General report no. 6 on the lunatic asylums, vaccination and dispensaries in the Bengal Presidency, 1873 -
Year: 1873
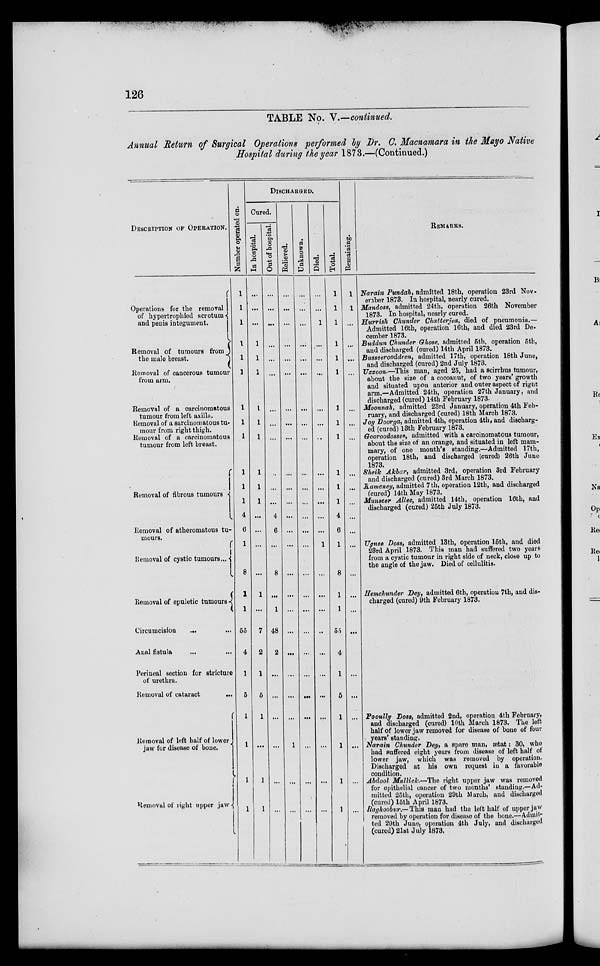
126
TABLE No. V.—continued.
Annual Return of Surgical Operations performed by Dr. C. Macnamara in the Mayo Native
Hospital during the year 1873.—(Continued.)
DESCRIPTION OF OPERATION.
Operations for the removal
of hypertrophied scrotum
and penis integument.
Removal of tumours from
the male breast.
Removal of cancerous tumour
from arm.
Removal of a carcinomatous
tumour from left axilla.
Removal of a sarcinomatous tu-
mour from right thigh.
Removal of a carcinomatous
tumour from left breast.
Removal of fibrous tumours
Removal of atheromatous tu-
mours.
Removal of cystic tumours...
Removal of epuletic tumours
Circumcision
Anal fistula
Perineal section for stricture
of urethra.
Removal of cataract
...
Removal of left half of lower
jaw for disease of bone.
Removal of right upper jaw
Number operated on.
1
1
1
1
1
1
1
1
1
1
1
1
4
6
1
8
1
1
55
4
1
5
1
1
1
1
DISCHARGED.
Cured.
In hospital.
...
...
...
1
1
1
1
1
1
1
1
1
...
...
...
1
...
7
2
1
5
1
...
1
1
Out of hospital.
...
...
...
...
...
...
...
...
...
...
...
4
6
...
8
...
1
48
2
...
...
...
...
...
...
Relieved.
...
...
...
...
...
...
...
...
...
...
...
...
...
...
...
...
...
...
...
...
...
...
1
...
...
Unknown.
...
...
...
...
...
...
...
...
...
...
...
...
...
...
...
...
...
...
...
...
...
...
...
...
...
Died.
...
...
1
...
...
...
...
...
...
...
...
...
1
...
...
...
..
...
...
...
...
...
...
...
Total.
1
1
1
1
1
1
1
1
1
1
1
1
4
6
1
8
1
1
55
4
1
5
1
1
1
1
Remaining.
1
1
...
...
...
...
...
...
...
...
...
...
...
...
...
...
...
...
...
...
...
...
REMARKS.
Narain Pundah, admitted 18th, operation 23rd Nov-
ember 1873. In hospital, nearly cured.
Mandoss, admitted 24th, operation 26th November
1873. In hospital, nearly cured.
Hurrish Chunder Chatterjea, died of pneumonia.—
Admitted 16th, operation 16th, and died 23rd De-
cember 1873.
Buddun Chunder Ghose, admitted 5th, operation 5th,
and discharged (cured) 14th April 1873.
Busseerooddeen, admitted 17th, operation 18th June,
and discharged (cured) 2nd July 1873.
Uzzoon-—This man, aged 25, had a scirrhus tumour,
about the size of a cocoanut, of two years' growth
and situated upon anterior and outer aspect of right
arm.—Admitted 24th, operation 27th January, and
discharged (cured) 14th February 1873.
Moonnah, admitted 23rd January, operation 4th Feb-
ruary, and discharged (cured) 18th March 1873.
Joy Doorqa, admitted 4th, operation 4th, and discharg-
ed (cured) 13th February 1873.
Gooroodossee, admitted with a carcinomatous tumour,
about the size of an orange, and situated in left mam-
mary, of one month's standing.—Admitted 17th,
operation 18th, and discharged (cured) 26th June
1873.
Sheik Akbar, admitted 3rd, operation 3rd February
and discharged (cured) 3rd March 1873.
Rameney, admitted 7 th, operation 12th, and discharged
(cured) 14th May 1873.
Munseer Allee, admitted 14th, operation 16th, and
discharged (cured) 25th July 1873.
Ugnee Doss, admitted 13th, operation 15th, and died
28rd April 1873. This man had suffered two years
from a cystic tumour in right side of neck, close up to
the angle of the jaw. Died of cellulitis.
Hemchunder Dey, admitted 6th, operation 7th, and dis-
charged (cured) 9th February 1873.
Pooully Doss, admitted 2nd, operation 4th February,
and discharged (cured) 10th March 1873. The left
half of lower jaw removed for disease of bone of four
years' standing.
Narain Chunder Dey, a spare man, ætat: 30, who
had suffered eight years from disease of left half of
lower jaw, which was removed by operation.
Discharged at his own request in a favorable
condition.
Abdool Mullick.—The right upper jaw was removed
for epithelial cancer of two months' standing.—Ad-
mitted 25th, operation 29th March, and discharged
(cured) 15th April 1873.
Raghoobur.— This man had the left half of upper jaw
removed by operation for disease of the bone.—Admit-
ted 29th June, operation 4th July, and discharged
(cured) 21st July 1873.